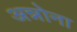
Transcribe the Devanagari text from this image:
अन्नोना